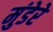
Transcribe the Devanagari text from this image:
मुंडेरे